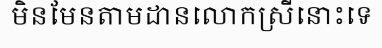
មិនមែនតាមដានលោកស្រីនោះទេ